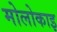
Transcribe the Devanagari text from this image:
मोलोकाइ